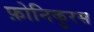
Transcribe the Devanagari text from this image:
फ़ोनिकुरस